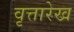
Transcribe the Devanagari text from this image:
वृत्तारेख